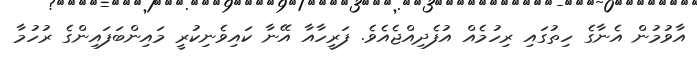
އާވުމުން އެނާގެ ހިތުގައި ރިހުމެއް އުފެދިއްޖެއެވެ. ފަރީހާއާ އޭނާ ކައިވެނިކުރީ މައިންބަފައިންގެ ރުހުމާ